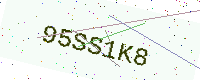
Text: 95SS1K8